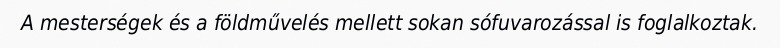
A mesterségek és a földművelés mellett sokan sófuvarozással is foglalkoztak.